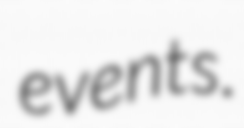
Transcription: events.